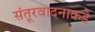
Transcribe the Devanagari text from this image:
संतूरवादनाकडे